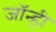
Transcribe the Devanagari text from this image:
जॉन्ही